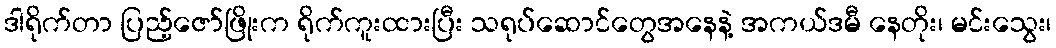
ဒါရိုက်တာ ပြည့်ဇော်ဖြိုးက ရိုက်ကူးထားပြီး သရုပ်ဆောင်တွေအနေနဲ့ အကယ်ဒမီ နေတိုး၊ မင်းသွေး၊